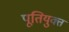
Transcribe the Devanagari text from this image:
पूतियुक्त